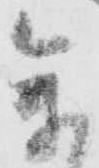
参